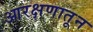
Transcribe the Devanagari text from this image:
आरक्षणातून